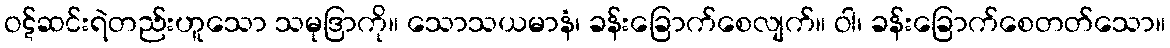
ဝဋ်ဆင်းရဲတည်းဟူသော သမုဒြာကို။ သောသယမာနံ၊ ခန်းခြောက်စေလျက်။ ဝါ၊ ခန်းခြောက်စေတတ်သော။